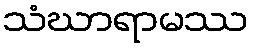
သံဃာရာမဿ